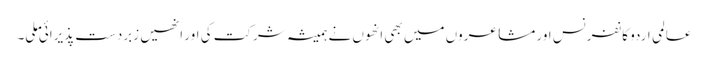
عالمی اردو کانفرنس اور مشاعروں میں بھی انھوں نے ہمیشہ شرکت کی اور انھیں زبردست پذیرائی ملی۔